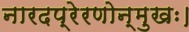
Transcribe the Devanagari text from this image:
नारदप्रेरणोन्मुखः।